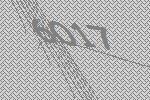
6017